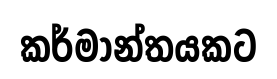
කර්මාන්තයකට